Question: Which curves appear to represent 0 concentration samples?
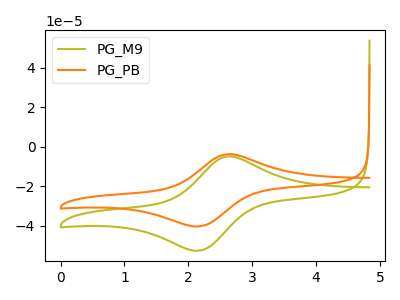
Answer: <think>The olive curve "PG_M9" has an anodic peak at (2.65V, -4.85uA) and a cathodic peak at (2.15V, -52.60uA). The orange curve "PG_PB" has an anodic peak at (2.65V, -3.70uA) and a cathodic peak at (2.15V, -40.30uA).</think>
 <answer>There are not any CV's on this graph that are likely to be blanks.</answer>
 <eval>none</eval>